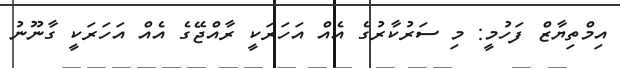
އިމްތިޔާޒް ފަހުމީ: މި ސަރުކާރުގެ އެއް އަހަރަކީ ރާއްޖޭގެ އެއް އަހަރަކީ ގާނޫނު